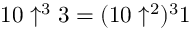
1 0 \uparrow ^ { 3 } 3 = ( 1 0 \uparrow ^ { 2 } ) ^ { 3 } 1